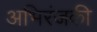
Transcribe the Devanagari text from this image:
अभिरंजकी